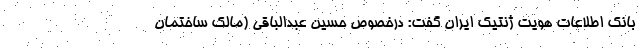
بانک اطلاعات هویت ژنتیک ایران گفت: درخصوص حسین عبدالباقی (مالک ساختمان